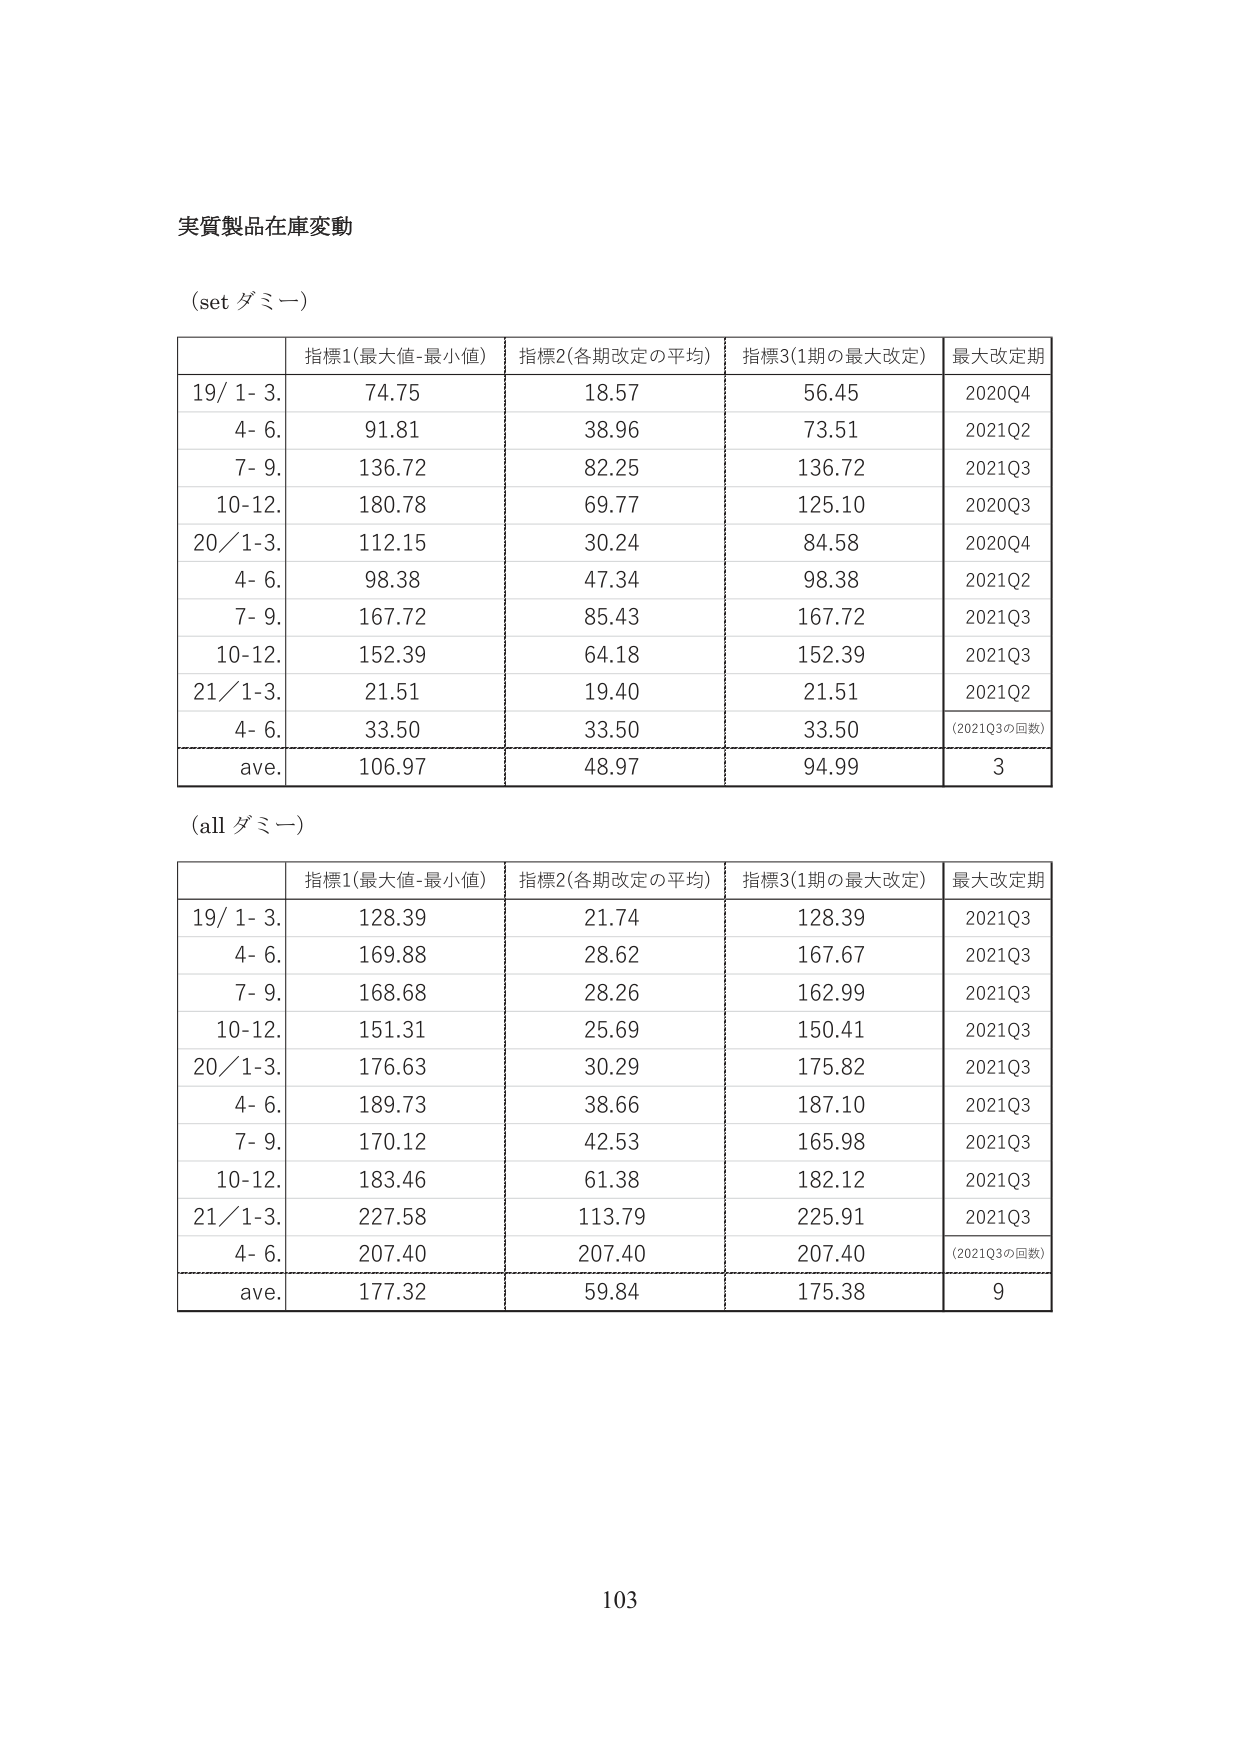
実質製品在庫変動

(set ダミー)

| | 指標1(最大値-最小値) | 指標2(各期改定の平均) | 指標3(1期の最大改定) | 最大改定期 |
|---|---|---|---|---|
| 19/ 1- 3. | 74.75 | 18.57 | 56.45 | 2020Q4 |
| 4- 6. | 91.81 | 38.96 | 73.51 | 2021Q2 |
| 7- 9. | 136.72 | 82.25 | 136.72 | 2021Q3 |
| 10-12. | 180.78 | 69.77 | 125.10 | 2020Q3 |
| 20/ 1-3. | 112.15 | 30.24 | 84.58 | 2020Q4 |
| 4- 6. | 98.38 | 47.34 | 98.38 | 2021Q2 |
| 7- 9. | 167.72 | 85.43 | 167.72 | 2021Q3 |
| 10-12. | 152.39 | 64.18 | 152.39 | 2021Q3 |
| 21/ 1-3. | 21.51 | 19.40 | 21.51 | 2021Q2 |
| 4- 6. | 33.50 | 33.50 | 33.50 | (2021Q3の回数) |
| ave. | 106.97 | 48.97 | 94.99 | 3 |

(all ダミー)

| | 指標1(最大値-最小値) | 指標2(各期改定の平均) | 指標3(1期の最大改定) | 最大改定期 |
|---|---|---|---|---|
| 19/ 1- 3. | 128.39 | 21.74 | 128.39 | 2021Q3 |
| 4- 6. | 169.88 | 28.62 | 167.67 | 2021Q3 |
| 7- 9. | 168.68 | 28.26 | 162.99 | 2021Q3 |
| 10-12. | 151.31 | 25.69 | 150.41 | 2021Q3 |
| 20/ 1-3. | 176.63 | 30.29 | 175.82 | 2021Q3 |
| 4- 6. | 189.73 | 38.66 | 187.10 | 2021Q3 |
| 7- 9. | 170.12 | 42.53 | 165.98 | 2021Q3 |
| 10-12. | 183.46 | 61.38 | 182.12 | 2021Q3 |
| 21/ 1-3. | 227.58 | 113.79 | 225.91 | 2021Q3 |
| 4- 6. | 207.40 | 207.40 | 207.40 | (2021Q3の回数) |
| ave. | 177.32 | 59.84 | 175.38 | 9 |

103